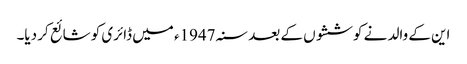
این کے والد نے کوششوں کے بعد سنہ 1947ء میں ڈائری کو شائع کر دیا۔